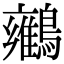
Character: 𪇉